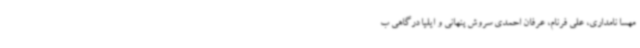
مهسا نامداری، علی فرنام، عرفان احمدی سروش پنهانی و ایلیا درگاهی ب